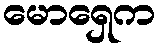
မောရှေက